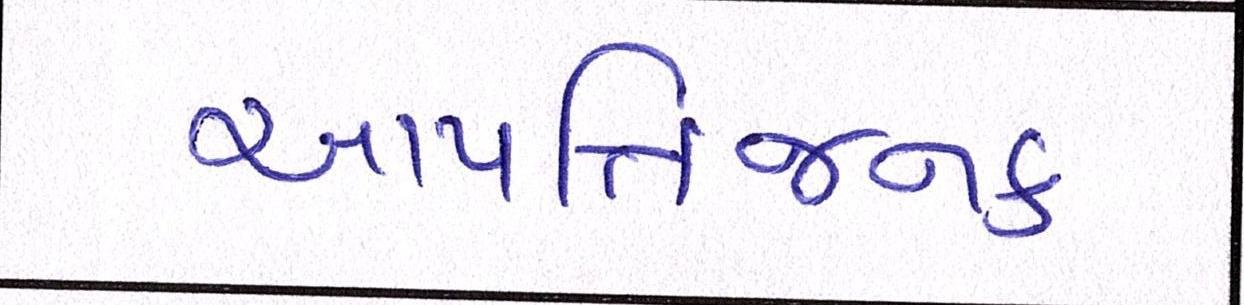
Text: આપત્તિજનક